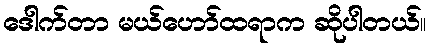
ဒေါက်တာ မယ်ဟော်ထရာက ဆိုပါတယ်။